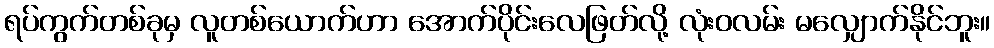
ရပ်ကွက်တစ်ခုမှ လူတစ်ယောက်ဟာ အောက်ပိုင်းလေဖြတ်လို့ လုံးဝလမ်း မလျှောက်နိုင်ဘူး။